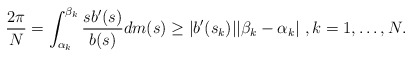
\begin{align*} \frac{2\pi}{N}=\int_{\alpha_k}^{\beta_k}\frac{sb'(s)}{b(s)}dm(s)\geq |b'(s_k)||\beta_k-\alpha_k|\ , k=1, \ldots, N . \end{align*}